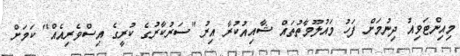
މިއިންޓަވިއު ދިނުމަށް ފަހު މައުލޫމާތުތައް ޝާއިއުކުރާ އިރު "ސަރުކާރުގެ ކުރީގެ އިސްވެރިއެއް" ކަމަށް